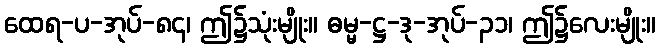
ထေရ-ပ-အုပ်-၈၄၊ ဤ၌သုံးမျိုး။ ဓမ္မ-ဋ္ဌ-ဒု-အုပ်-၃၁၊ ဤ၌လေးမျိုး။